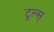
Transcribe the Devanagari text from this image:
टूल्स्